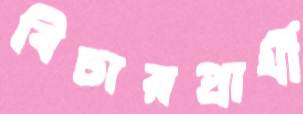
বিচারপ্রার্থী